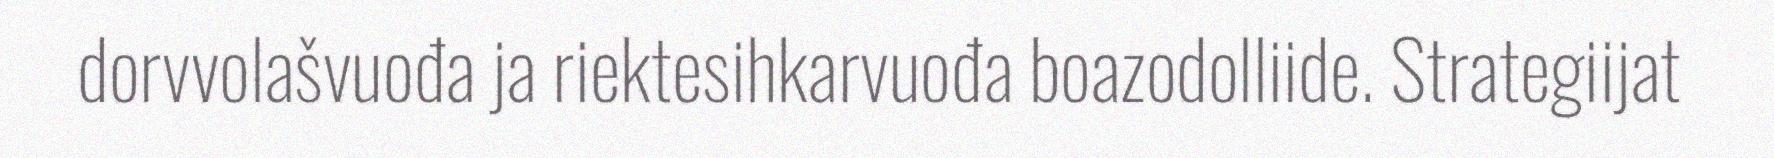
dorvvolašvuođa ja riektesihkarvuođa boazodolliide. Strategiijat